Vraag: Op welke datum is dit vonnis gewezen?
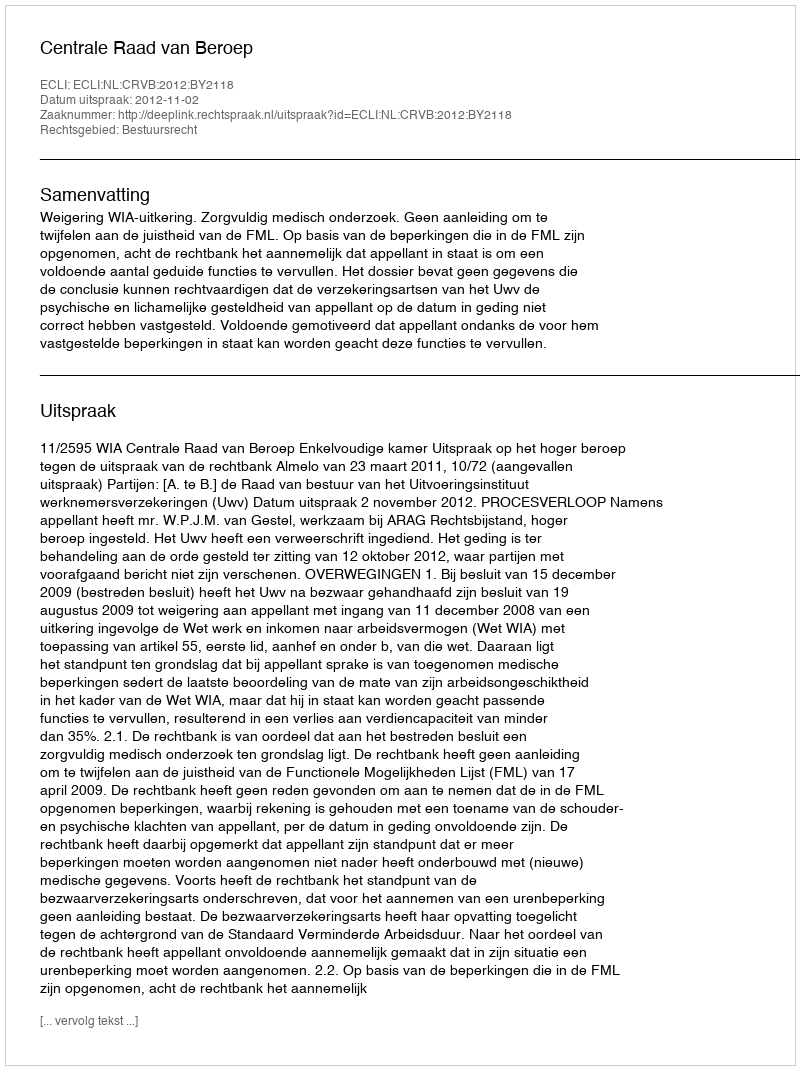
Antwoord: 2012-11-02